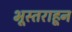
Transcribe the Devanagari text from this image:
भूस्तराहून